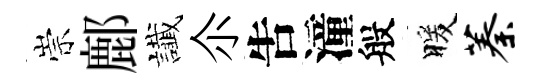
崇鄜䜟尒吿潼般暖蓁